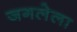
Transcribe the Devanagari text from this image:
जगलेला